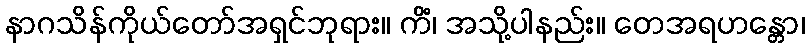
နာဂသိန်ကိုယ်တော်အရှင်ဘုရား။ ကိံ၊ အသို့ပါနည်း။ တေအရဟန္တော၊